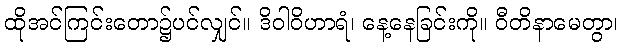
ထိုအင်ကြင်းတော၌ပင်လျှင်။ ဒိဝါဝိဟာရံ၊ နေ့နေခြင်းကို။ ဝီတိနာမေတွာ၊